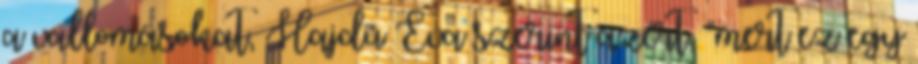
a vallomásokat, Hajdú Éva szerint azért, "mert ez egy